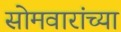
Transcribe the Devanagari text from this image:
सोमवारांच्या